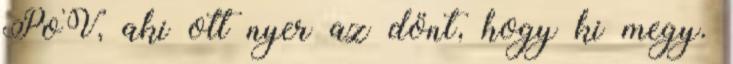
PoV, aki ott nyer az dönt, hogy ki megy.